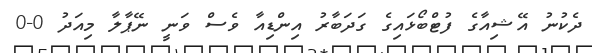
ދެކުނު އޭޝިއާގެ ފުޓްބޯޅައިގެ ގަދަބާރު އިންޑިއާ ވެސް ވަނީ ނޭޕާލާ މިއަދު 0-0